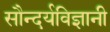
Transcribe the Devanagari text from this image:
सौन्दर्यविज्ञानी